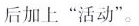
后加上”活动”。